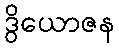
ဒွိယောဇန